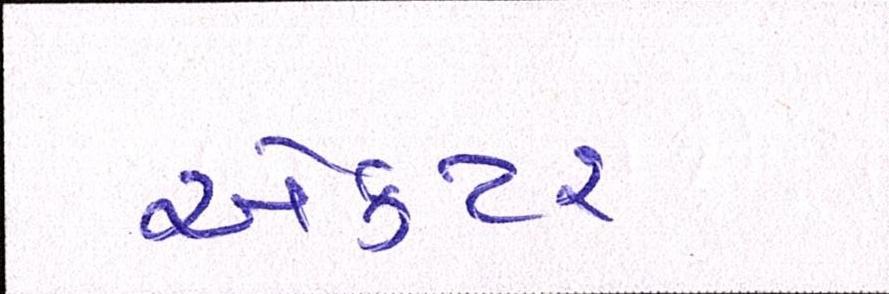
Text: એકટર